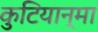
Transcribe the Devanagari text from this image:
कुटियान्मा